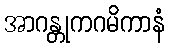
အာဂန္တုကဂမိကာနံ